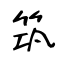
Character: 筑